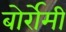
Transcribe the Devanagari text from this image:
बोर्रोमी